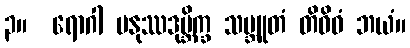
၃။  ရောဂါ မနုဿဒုဗ္ဘိက္ခ သမ္ဘူတံ တိဝိဓံ ဘယံ။